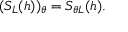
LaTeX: ( S _ { \cal L } ( h ) ) _ { \theta } = S _ { \theta { \cal L } } ( h ) .